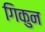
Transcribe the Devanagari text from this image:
गिकुन